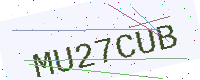
Text: MU27CUB